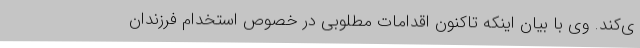
ی‌کند. وی با بیان اینکه تاکنون اقدامات مطلوبی در خصوص استخدام فرزندان